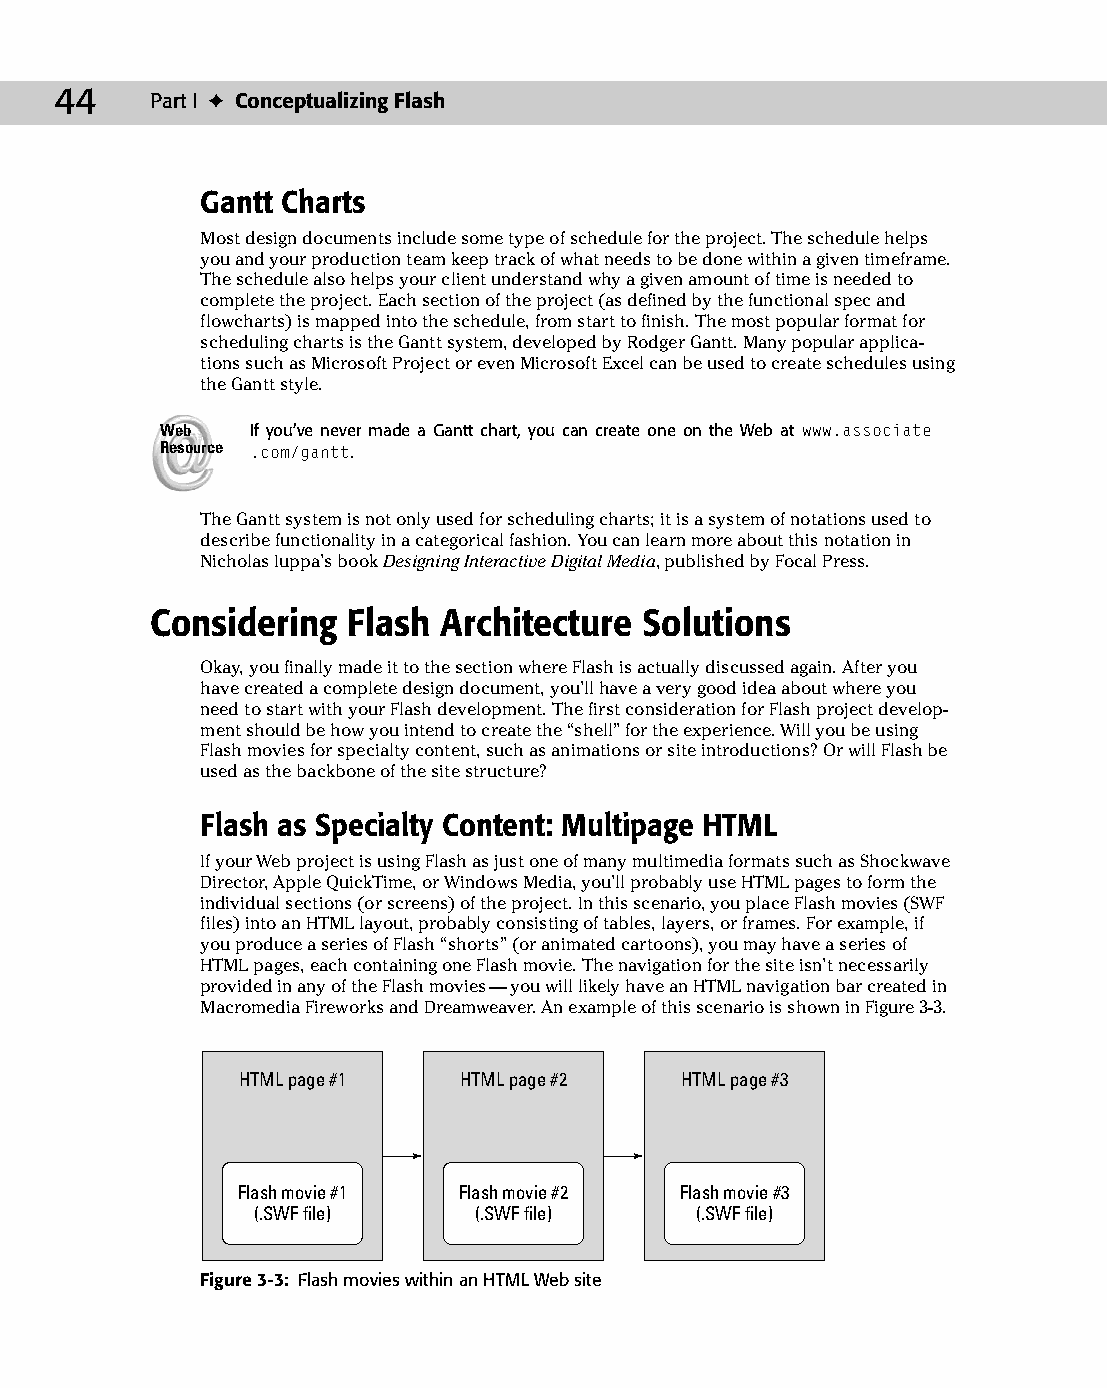
05 543547 ch03.qxd 3/24/04 3:51 PM Page 44
 44    Part I ✦ Conceptualizing Flash
 Gantt Charts
 Most design documents include some type of schedule for the project. The schedule helps
 you and your production team keep track of what needs to be done within a given timeframe.
 The schedule also helps your client understand why a given amount of time is needed to
 complete the project. Each section of the project (as defined by the functional spec and
 flowcharts) is mapped into the schedule, from start to finish. The most popular format for
 scheduling charts is the Gantt system, developed by Rodger Gantt. Many popular applica­
 tions such as Microsoft Project or even Microsoft Excel can be used to create schedules using
 the Gantt style.
 Web   If you’ve never made a Gantt chart, you can create one on the Web at www.associate
 Resource .com/gantt.
 The Gantt system is not only used for scheduling charts; it is a system of notations used to
 describe functionality in a categorical fashion. You can learn more about this notation in
 Nicholas Iuppa’s book Designing Interactive Digital Media, published by Focal Press.
 Considering  Flash Architecture  Solutions
 Okay, you finally made it to the section where Flash is actually discussed again. After you
 have created a complete design document, you’ll have a very good idea about where you
 need to start with your Flash development. The first consideration for Flash project develop­
 ment should be how you intend to create the “shell” for the experience. Will you be using
 Flash movies for specialty content, such as animations or site introductions? Or will Flash be
 used as the backbone of the site structure?
 Flash as Specialty Content: Multipage HTML
 If your Web project is using Flash as just one of many multimedia formats such as Shockwave
 Director, Apple QuickTime, or Windows Media, you’ll probably use HTML pages to form the
 individual sections (or screens) of the project. In this scenario, you place Flash movies (SWF
 files) into an HTML layout, probably consisting of tables, layers, or frames. For example, if
 you produce a series of Flash “shorts” (or animated cartoons), you may have a series of
 HTML pages, each containing one Flash movie. The navigation for the site isn’t necessarily
 provided in any of the Flash movies — you will likely have an HTML navigation bar created in
 Macromedia Fireworks and Dreamweaver. An example of this scenario is shown in Figure 3-3.
 HTML page #1  HTML page #2   HTML page #3
 Flash movie #1 Flash movie #2 Flash movie #3
 (.SWF file)   (.SWF file)    (.SWF file)
 Figure 3-3: Flash movies within an HTML Web site